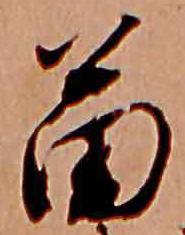
苗